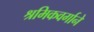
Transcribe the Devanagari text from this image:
श्रमिकवर्गाने